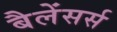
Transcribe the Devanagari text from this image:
बैलेंसर्स